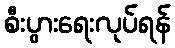
စီးပွားရေးလုပ်ရန်